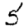
Digit: 5